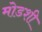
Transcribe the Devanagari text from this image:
मोडशी